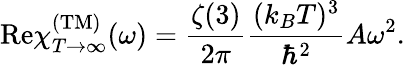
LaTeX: \mathrm{Re}\chi_{T\rightarrow\infty}^{\mathrm{(TM)}}(\omega)={\frac{\zeta(3)}{2\pi}}{\frac{(k_{B}T)^{3}}{\hbar^{2}}}A\omega^{2}.